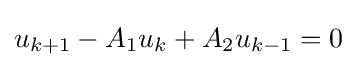
u_{k+1}-A_{1}u_{k}+A_{2}u_{k-1}=0